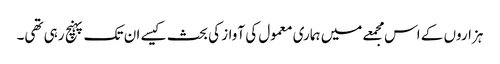
ہزاروں کے اس مجمعے میں ہماری معمول کی آواز کی بحث کیسے ان تک پہنچ رہی تھی۔